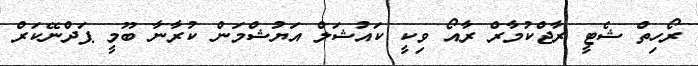
ރޯހިތް ޝެޓީ ރާޖްކުމާރް ރާއޯ ވިކީ ކައުޝަލް އަޔުޝްމަން ކުރާނާ ބޫމީ ޕަދްނޭކަރް